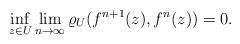
LaTeX: \begin{align*}\inf_{z\in U}\lim_{n\to\infty} \varrho_U(f^{n+1}(z), f^n(z)) =0. \end{align*}